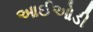
આઈઓડી